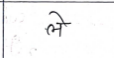
मजकूर: ले